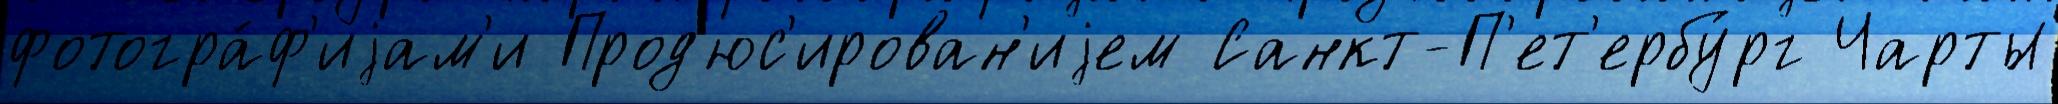
фотогра́ф'иjам'и Прод'юс'ирован'иjем Санкт-П'ет'ербу́рг Чарты